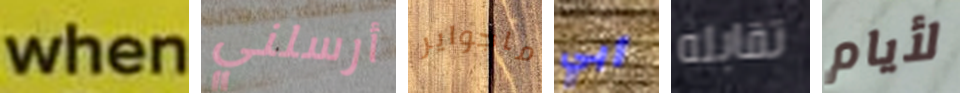
when أرسلني ماجواير أبي تقابله لأيام